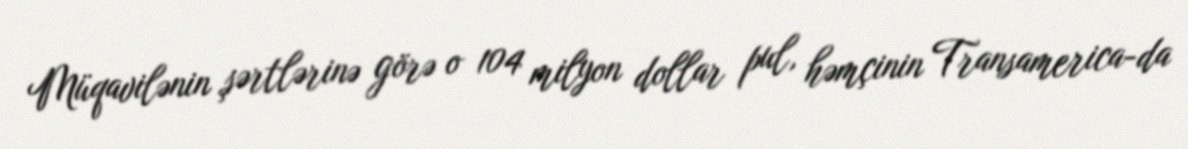
Müqavilənin şərtlərinə görə o 104 milyon dollar pul, həmçinin Transamerica-da